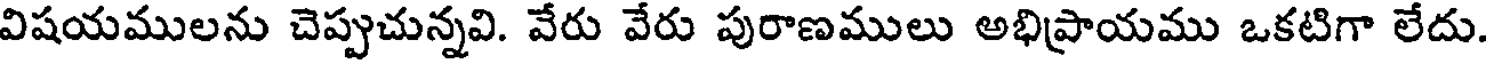
విషయములను చెప్పుచున్నవి. వేరు వేరు పురాణములు అభిప్రాయము ఒకటిగా లేదు.